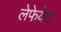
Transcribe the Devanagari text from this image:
लेफेयेट